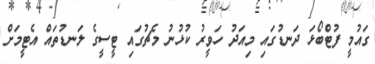
ގައުމީ ފުޓްބޯޅަ ދަނޑުގައި މިއަދު ހަވީރު ކުޅުނު މެޗުގައި ޓީސީގެ ލަނޑުތައް އެޓީމަށް